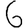
Digit: 6